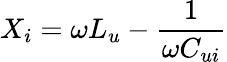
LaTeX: {X_{i}}=\omega{L_{u}}-\frac{1}{{\omega{C_{ui}}}}